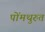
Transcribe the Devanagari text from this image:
पोंमथुरुत